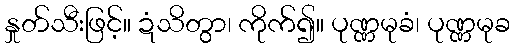
နှုတ်သီးဖြင့်။ ဍံသိတွာ၊ ကိုက်၍။ ပုဏ္ဏမုခံ၊ ပုဏ္ဏမုခ